NAE_ERA_R-2324_Eesti_Vabariigi_Pohiseaduslik_Assamblee, lk 97
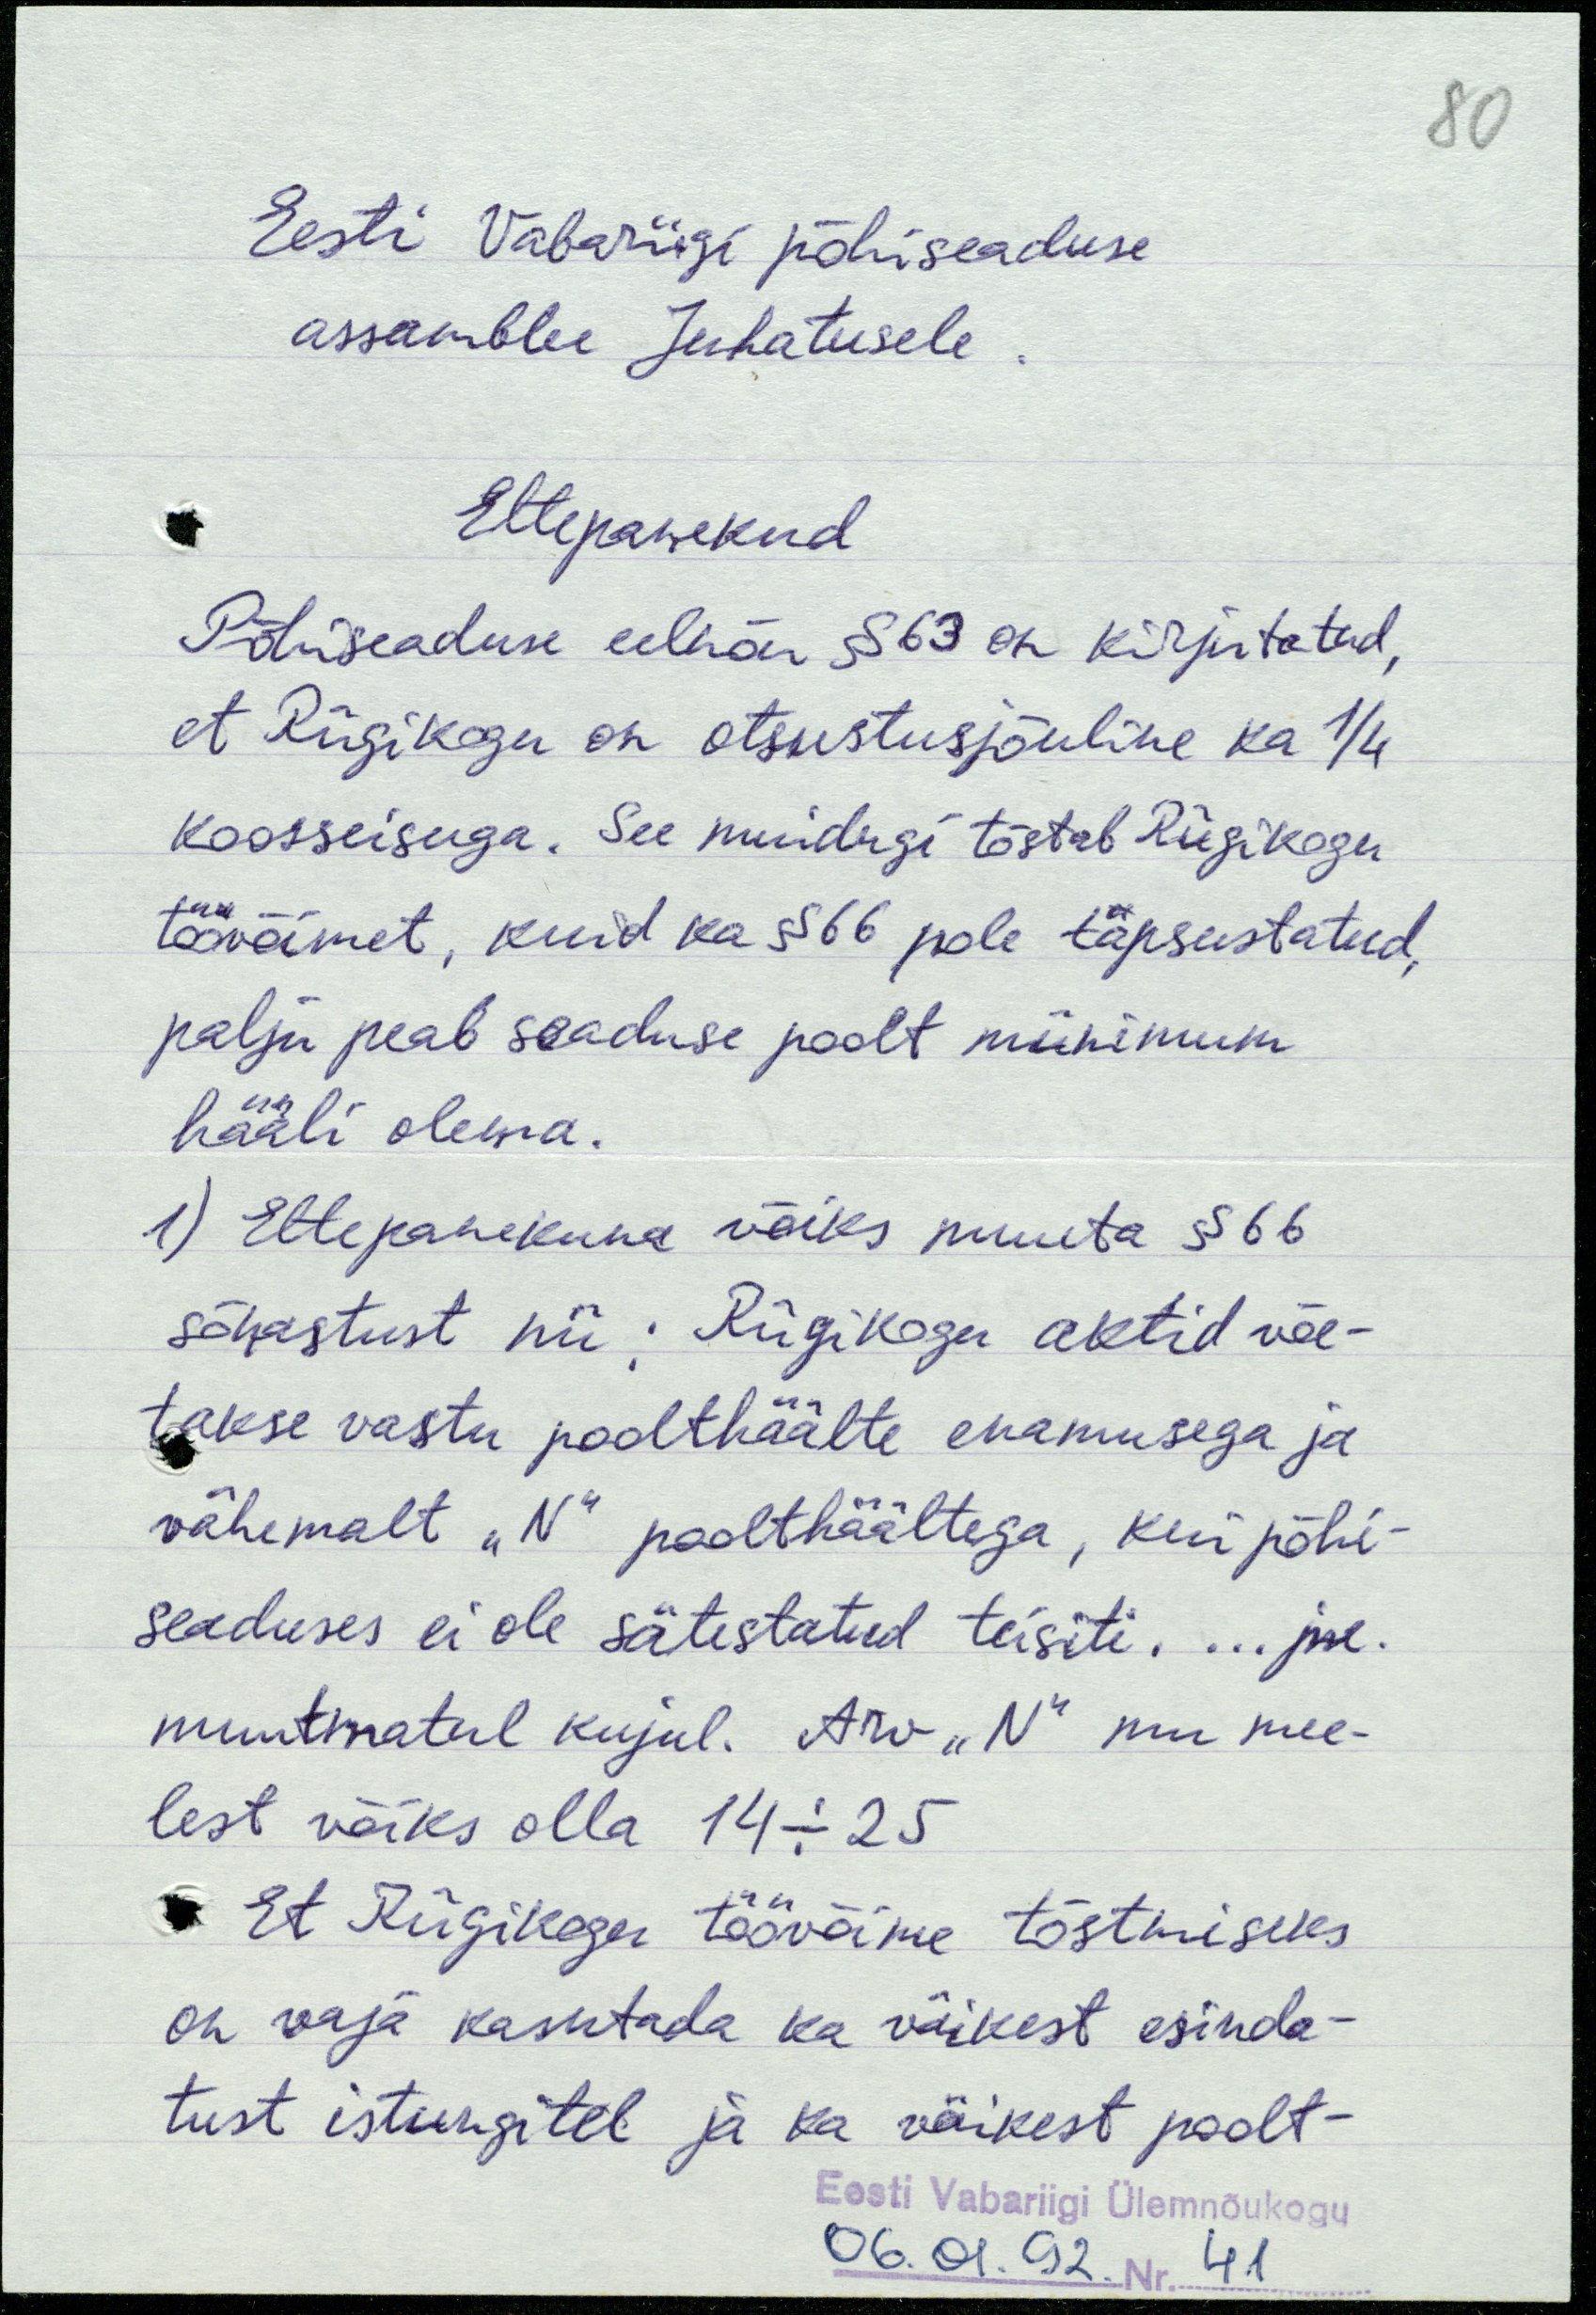
80
Eesti Vabariigi põhiseaduse
assamblee Juhatusele.
Ettepanekud
Põhiseaduse eelnõu § 63 on kirjutatud,
et Riigikogu on otsustusjõuline ka 1/4
koosseisuga. See muidugi tõstab Riigikogu
töövõimet, kuid ka § 66 pole täpsustatud,
palju peab seaduse poolt miinimum
hääli olema.
1) Ettepanekuna võiks muuta § 66
sõnastust nii: Riigikogu aktid võe-
takse vastu poolthäälte enamusega ja
vähemalt "N" poolthäältega, kui põhi-
seaduses ei ole sätestatud teisiti. ...jne.
muutmatul kujul. Arv "N" mu mee-
lest võiks olla 14-25
Et Riigikogu töövõime tõstmiseks
on vaja kasutada ka väikest esinda-
tust istungitel ja ka väikest poolt-
Eesti Vabariigi Ülemnõukogu
06.01.92. Nr. 41